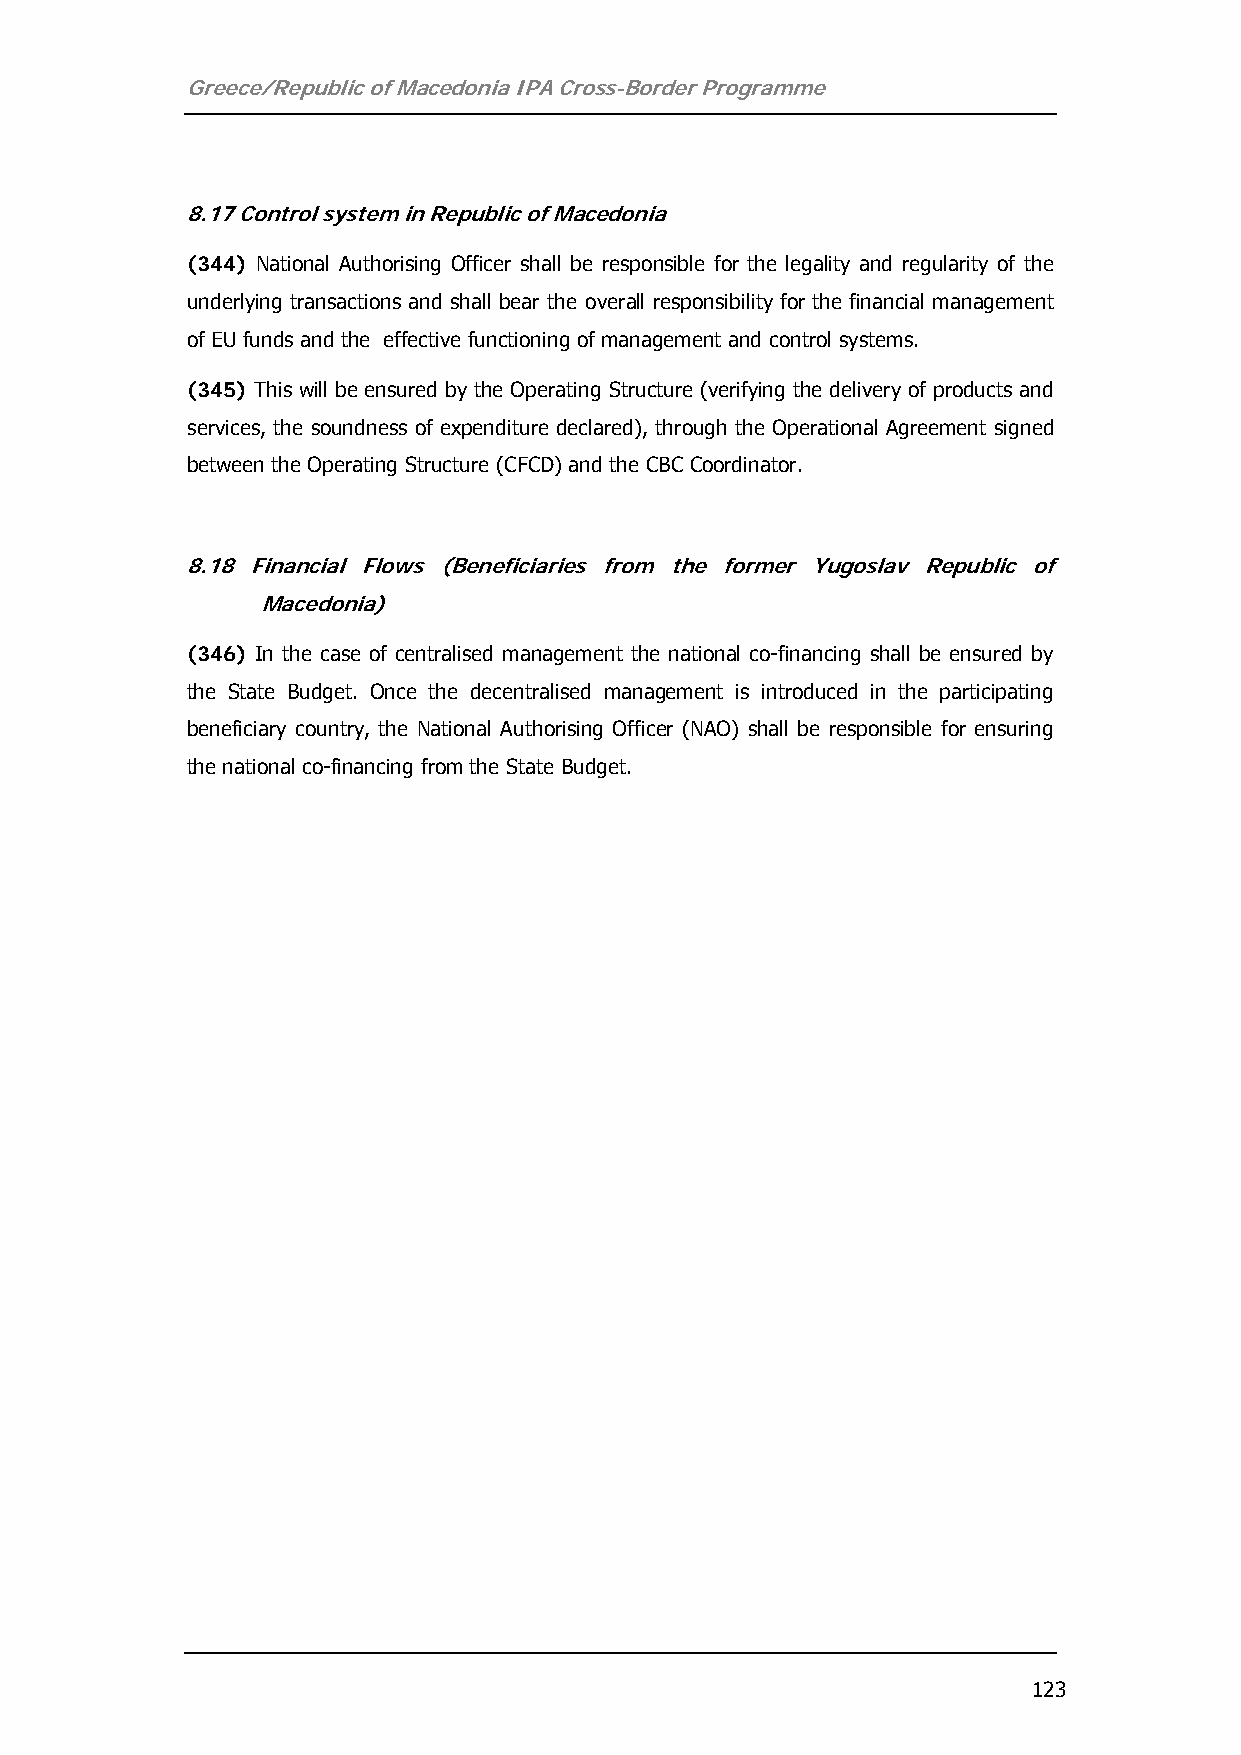
Greece/Republic of Macedonia IPA Cross-Border Programme
 8.17 Control system in Republic of Macedonia
 (344) National Authorising Officer shall be responsible for the legality and regularity of the
 underlying transactions and shall bear the overall responsibility for the financial management
 of EU funds and the effective functioning of management and control systems.
 (345) This will be ensured by the Operating Structure (verifying the delivery of products and
 services, the soundness of expenditure declared), through the Operational Agreement signed
 between the Operating Structure (CFCD) and the CBC Coordinator.
 8.18 Financial Flows (Beneficiaries from the former Yugoslav Republic of
 Macedonia)
 (346) In the case of centralised management the national co-financing shall be ensured by
 the State Budget. Once the decentralised management is introduced in the participating
 beneficiary country, the National Authorising Officer (NAO) shall be responsible for ensuring
 the national co-financing from the State Budget.
 123